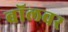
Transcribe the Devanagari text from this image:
बॉलवर